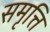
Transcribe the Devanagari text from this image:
समृत्ति